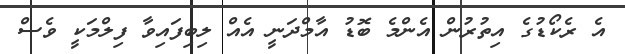
އެ ރެކޯޑުގެ އިތުރުން އެންމެ ބޮޑު އާމްދަނީ އެއް ލިބިފައިވާ ފިލްމަކީ ވެސް